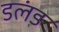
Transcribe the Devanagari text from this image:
डलंड